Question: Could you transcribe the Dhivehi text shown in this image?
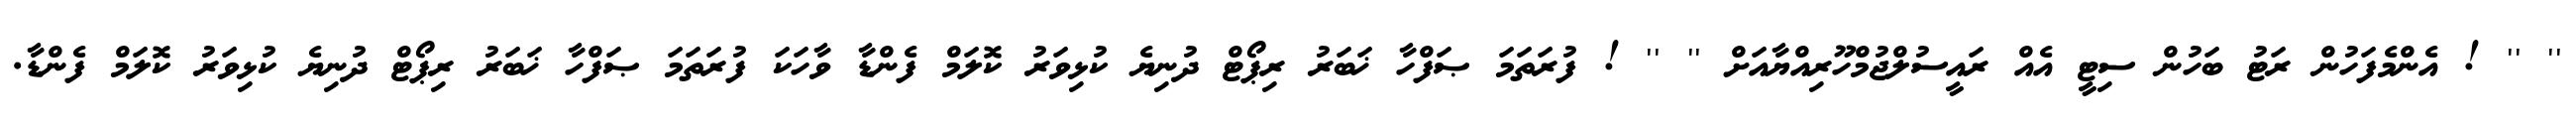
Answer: '' '' ! އެންމެފަހުން ރަޓު ބަހުން ސިޓީ އެއް ރައީސުލްޖުމްހޫރިއްޔާއަށް '' '' ! ފުރަތަމަ ޞަފްހާ ޚަބަރު ރިޕޯޓް ދުނިޔެ ކުޅިވަރު ކޮލަމް ފެންޑާ ވާހަކަ ފުރަތަމަ ޞަފްހާ ޚަބަރު ރިޕޯޓް ދުނިޔެ ކުޅިވަރު ކޮލަމް ފެންޑާ.